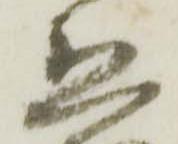
恐